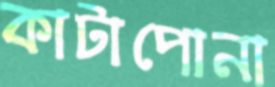
কাটাপোনা